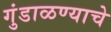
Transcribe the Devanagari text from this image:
गुंडाळण्याचे